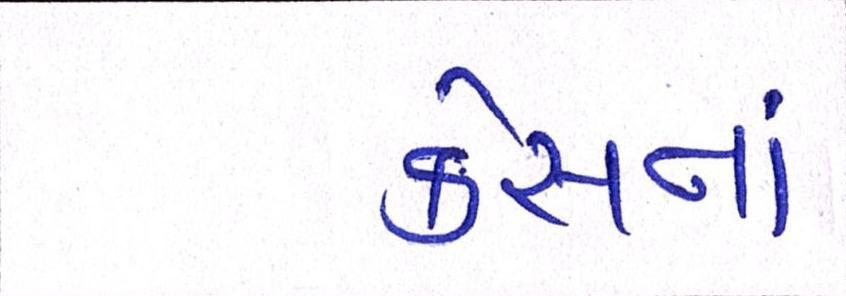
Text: કેસનાં